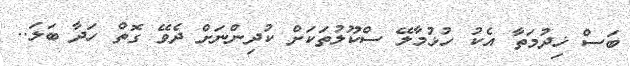
ބަސް ޚިދުމަތާ އެކު ހުޅުމާލޭ ސްކޫލުތަކަށް ކުދިންނަށް ދެވޭ ގޮތް ހަދާ ބަލަ..